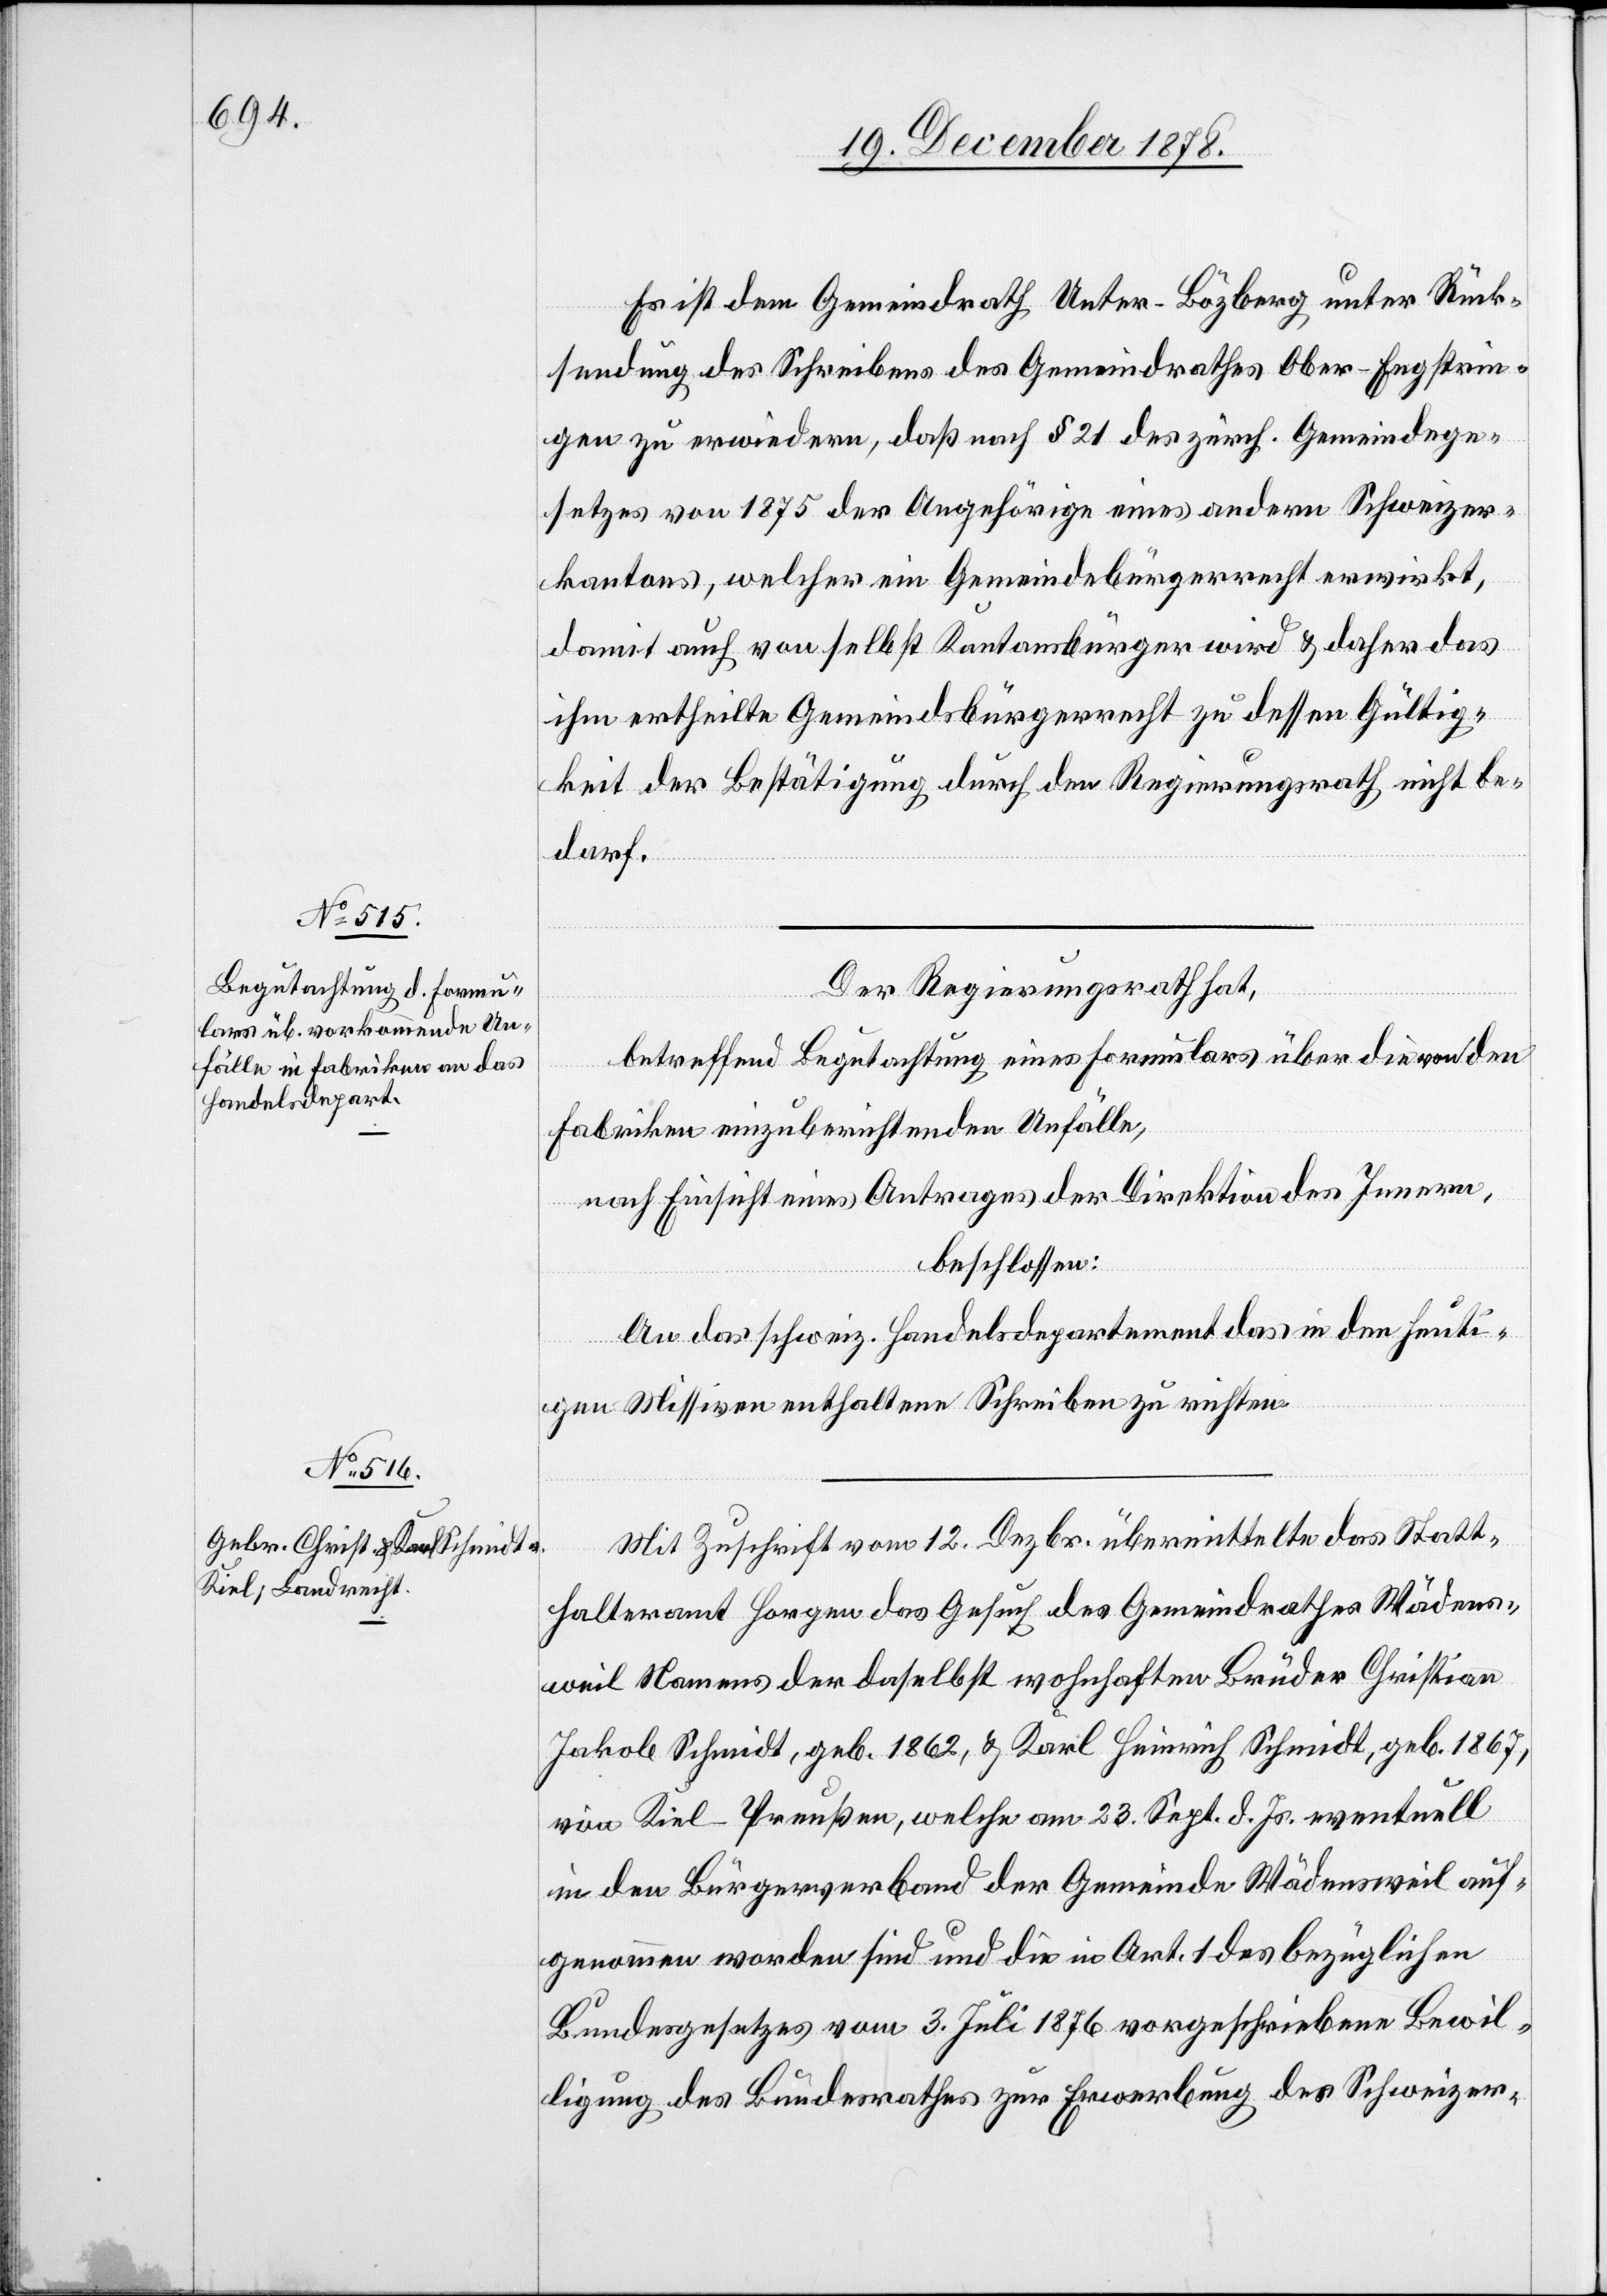
Es ist dem Gemeindrath Unter-Bözberg unter Rück¬
sendung des Schreibens des Gemeindrathes Ober-Engstrin¬
gen zu erwiedern, daß nach § 21 des zürch. Gemeindege¬
setzes von 1875 der Angehörige eines andern Schweizer¬
kantons, welcher ein Gemeindebürgerrecht erwirkt,
damit auch von selbst Kantonsbürger wird & daher das
ihm ertheilte Gemeindsbürgerrecht zu dessen Gültig¬
keit der Bestätigung durch den Regierungsrath nicht be¬
darf.
Der Regierungsrath hat,
betreffend Begutachtung eines Formulars über die von den
Fabriken einzuberichtenden Unfälle,
nach Einsicht eines Antrages der Direktion des Innern,
beschlossen:
An das schweiz. Handelsdepartement das in den heuti¬
gen Missiven enthaltene Schreiben zu richten.
Mit Zuschrift vom 12. Dezbr. übermittelte das Statt¬
halteramt Horgen das Gesuch des Gemeindrathes Wädens¬
weil Namens der daselbst wohnhaften Brüder Christian
Jakob Schmidt, geb. 1862, & Karl Heinrich Schmidt, geb. 1867,
von Kiel - Preußen, welche am 23. Sept. d. Js. eventuell
in den Bürgerverband der Gemeinde Wädensweil auf¬
genommen worden sind und die in Art. 1 des bezüglichen
Bundesgesetzes vom 3. Juli 1876 vorgeschriebene Bewil¬
ligung des Bundesrathes zur Erwerbung des Schweizer-